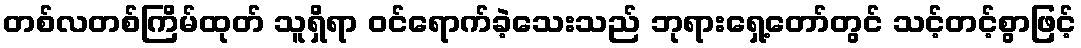
တစ်လတစ်ကြိမ်ထုတ် သူရှိရာ ဝင်ရောက်ခဲ့သေးသည် ဘုရားရှေ့တော်တွင် သင့်တင့်စွာဖြင့်